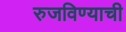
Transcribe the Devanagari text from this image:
रुजविण्याची